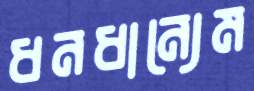
ধনধান্যেম